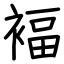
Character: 褔